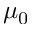
\mu _ { 0 }